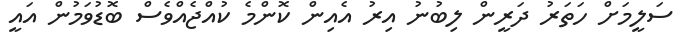
ސަލީމަށް ހަތަރު ދަރީން ލިބުނު އިރު އެއިން ކޮންމެ ކުއްޖެއްވެސް ބޮޑުވަމުން އައީ